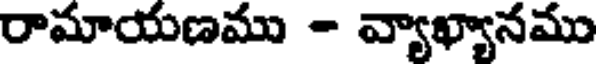
రామాయణము - వ్యాఖ్యానము